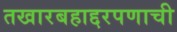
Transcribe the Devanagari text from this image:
तखारबहाद्दरपणाची